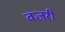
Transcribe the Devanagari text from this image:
वजरी